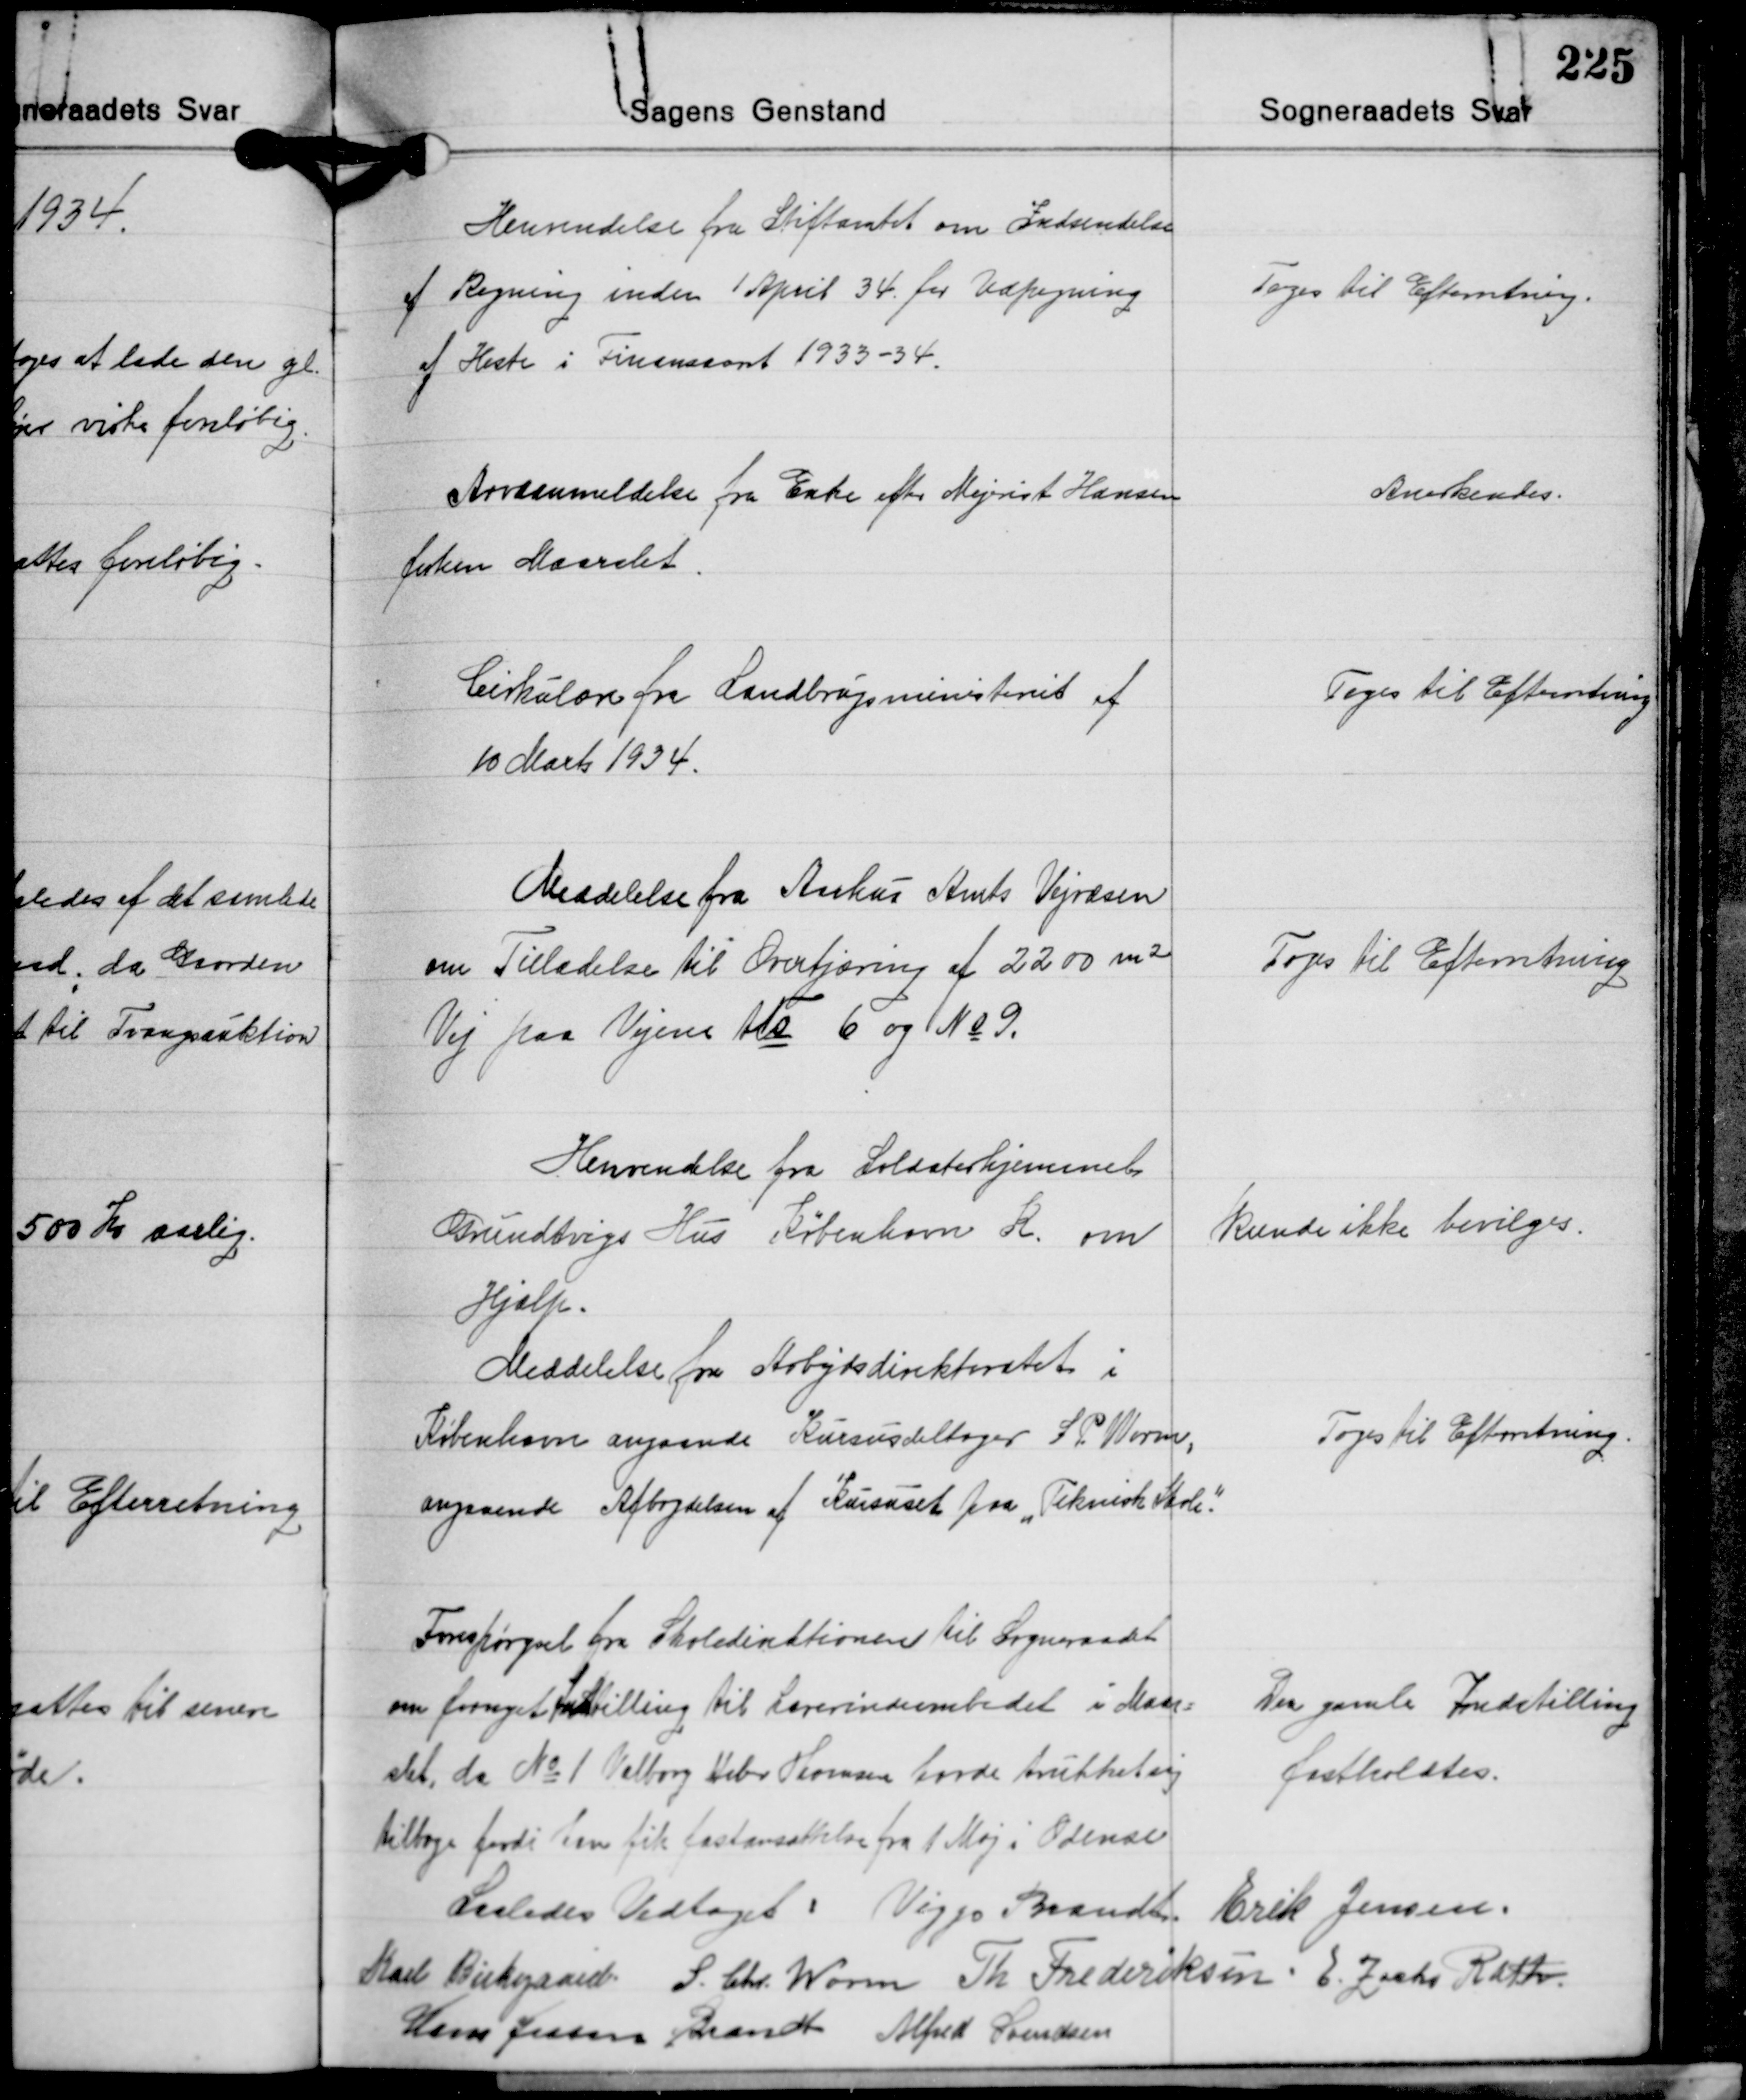
Transskription:
Henvendelse fra Stiftamtet om Indsendelse
af Regning inden 1 April 34 for Udpegning
af Heste i Finansaaret 1933-34.

Toges til Efterretning.

Arveanmeldelse fra Enke efter Mejerist Hansen
førhen Maarslet.

Anerkendes.

Cirkulære fra Landbrugsministeriet af
10 Marts 1934.

Toges til Efterretning

Meddelelse fra Aarhus Amts Vejvæsen
om Tilladelse til Overtjæring af 2200 m²
Vej paa Vejene No 6 og No 9.

Toges til Efterretning

Henvendelse fra Soldaterhjemmet
Grundtvigs Hus København K. om
Hjælp.

Kunde ikke bevilges.

Meddelelse fra Arbejdsdirektoratet i
København angaaende Kursusdeltager S. P. Worm,
angaaende Afbrydelsen af Kursuset paa "Teknisk Skole".

Toges til Efterretning.

Forespørgsel fra Skoledirektionen til Sogneraadet
om fornyet Indstilling til Lærerindeembedet i Maar-
slet, da No 1 Valborg Veber Thomsen havde trukket sig
tilbage fordi hun fik fastansættelse fra 1 Maj i Odense

Der gamle Indstilling
fastholdtes.

Saaledes Vedtaget: Viggo Brandt Erik Jensen
Karl Birkegaard S. Chr. Worm Th. Frederiksen E. Zacho Rath
Hans Jessen Brandt Alfred Svendsen